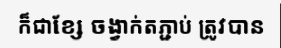
ក៏ជាខ្សែ ចង្វាក់តភ្ជាប់ ត្រូវបាន